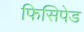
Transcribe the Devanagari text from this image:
फिसिपेड